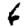
Digit: 6